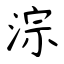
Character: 淙